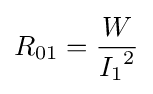
{R_{01}}={\frac {W}{{I_{1}}^{2}}}